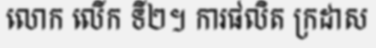
លោក លើក ទី២។ ការផលិត ក្រដាស